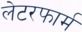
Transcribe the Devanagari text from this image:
लेटरफार्म